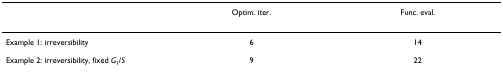
|  | Optim. iter. | Func. eval. |
 | --- | --- | --- |
 | Example 1: irreversibility | 6 | 14 |
 | Example 2: irreversibility, fixed G1/S | 9 | 22 |